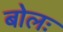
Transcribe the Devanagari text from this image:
बोलः